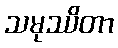
သမုဿိတာ